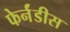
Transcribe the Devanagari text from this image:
फेर्नंडीस